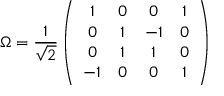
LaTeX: \Omega = \frac { 1 } { \sqrt { 2 } } \left( \begin{array} { c c c c } { { 1 } } & { { 0 } } & { { 0 } } & { { 1 } } \\ { { 0 } } & { { 1 } } & { { - 1 } } & { { 0 } } \\ { { 0 } } & { { 1 } } & { { 1 } } & { { 0 } } \\ { { - 1 } } & { { 0 } } & { { 0 } } & { { 1 } } \end{array} \right)